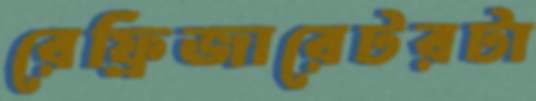
রেফ্রিজারেটরটা